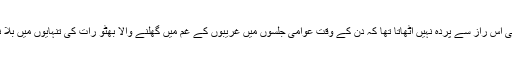
کوئی بھٹو کی بے لگام خواہشات پر قد غن لگانے کی بات نہیں کرتا تھا ، کوئی اس راز سے پردہ نہیں اٹھاتا تھا کہ دن کے وقت عوامی جلسوں میں غریبوں کے غم میں گھلنے والا بھٹو رات کی تنہایوں میں بلا نوش جرنیلی ٹولے ’’ یحییٰ ، حمید اور پیر زادہ ‘‘ سے ملاقاتین کیوں کرتا ہے۔